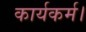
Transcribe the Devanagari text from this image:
कार्यकर्म।